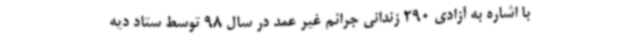
با اشاره به آزادی 290 زندانی جرائم غیر عمد در سال 98 توسط ستاد دیه